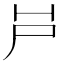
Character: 𡰮